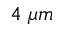
4 \; \mu m